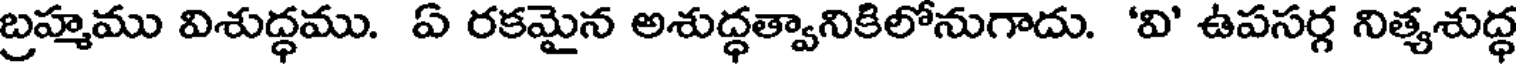
బ్రహ్మము విశుద్ధము. ఏ రకమైన అశుద్ధత్వానికిలోనుగాదు. 'వి' ఉపసర్గ నిత్యశుద్ధ